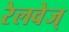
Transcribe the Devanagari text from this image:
रेलवेज्